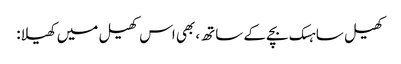
کھیل ساہسک بچے کے ساتھ، بھی اس کھیل میں کھیلا: